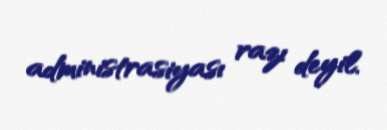
administrasiyası razı deyil.